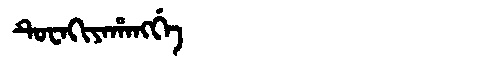
Manchu: ᡨᡠᠸᠠᡴᡳᠶᠠᡥᠠᠩᡤᡝ
Romanization: TUWAKIYAHANGGE